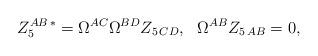
LaTeX: \begin{align*}Z_5^{AB\, *}=\Omega^{AC}\Omega^{BD} Z_{5\,CD}, \ \ \Omega^{AB}Z_{5\,AB}=0 ,\end{align*}